Tartu_linnavalitsus, lk 37
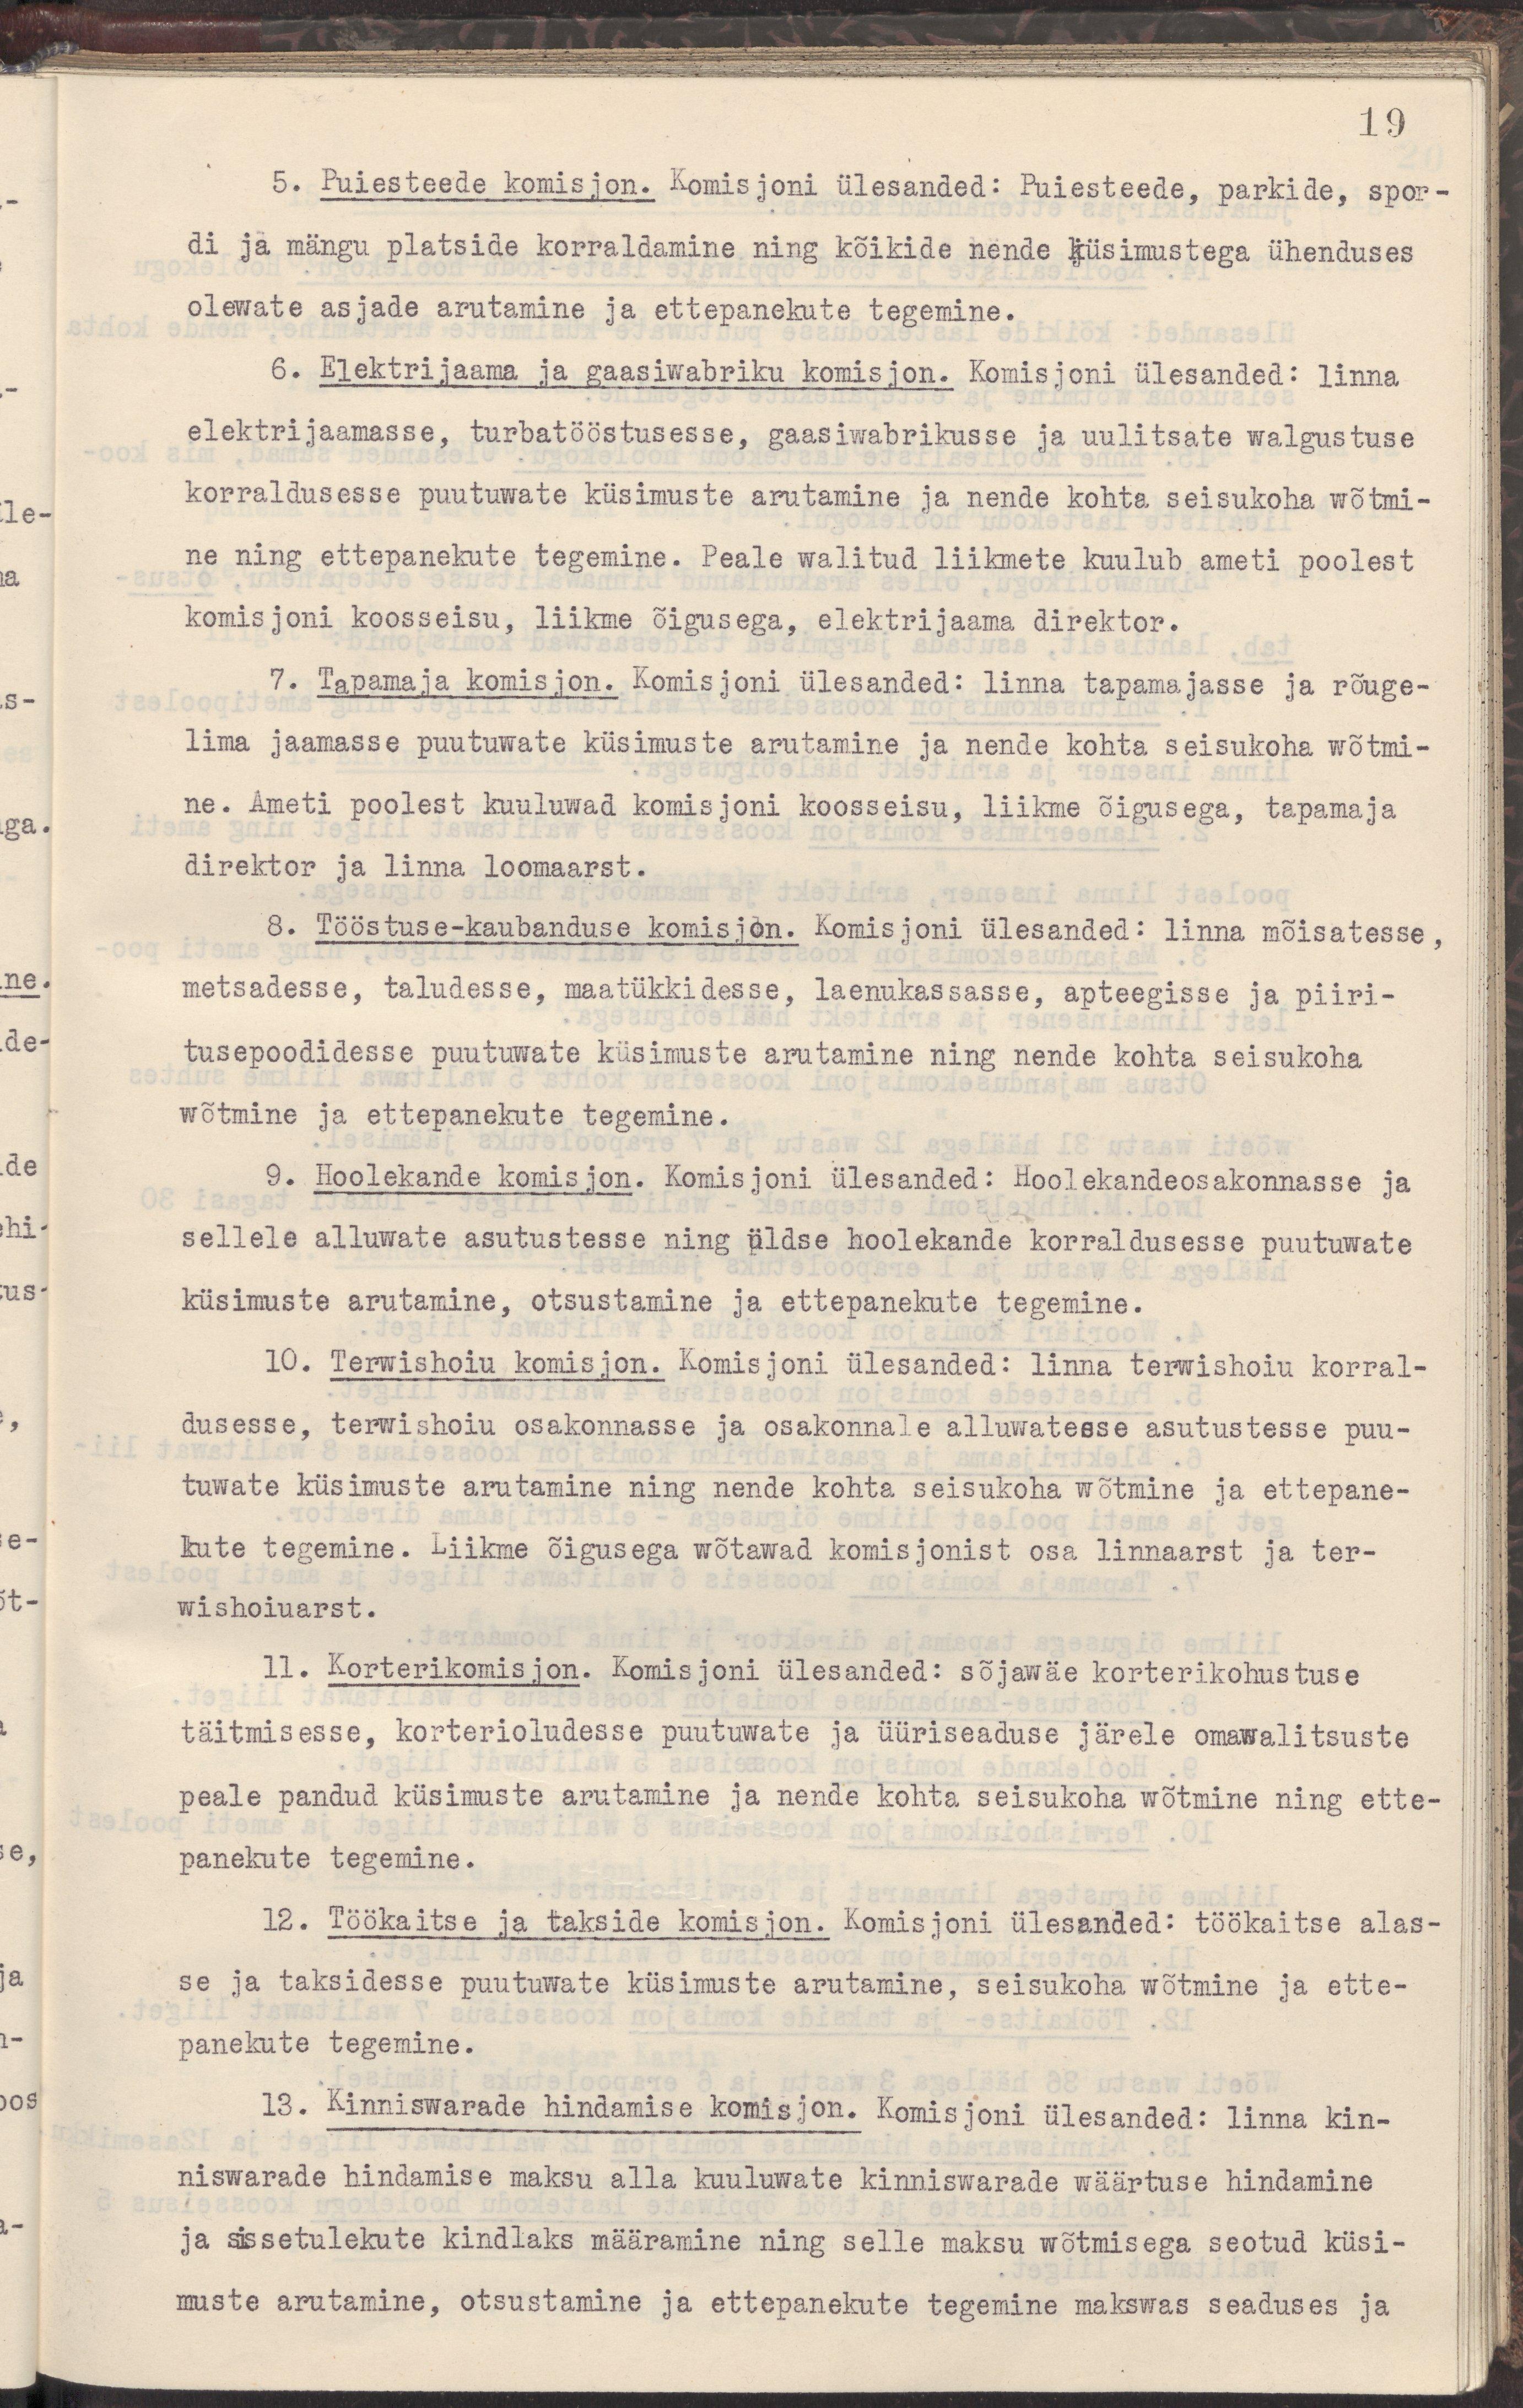
19
5. Puiesteede komisjon. Komisjoni ülesanded: Puiesteede, parkide, spor-
di ja mängu platside korraldamine ning kõikide nende küsimustega ühenduses
olewate asjade arutamine ja ettepanekute tegemine.
6. Elektrijaama ja gaasiwabriku komisjon. Komisjoni ülesanded: linna
elektrijaamasse, turbatööstusesse, gaasiwabrikusse ja uulitsate walgustuse
korraldusesse puutuwate küsimuste arutamine ja nende kohta seisukoha wõtmi-
ne ning ettepanekute tegemine. Peale walitud liikmete kuulub ameti poolest
komisjoni koosseisu, liikme õigusega, elektrijaama direktor.
7. Tapamaja komisjon. Komisjoni ülesanded: linna tapamajasse ja rõuge-
lima jaamasse puutuwate küsimuste arutamine ja nende kohta seisukoha wõtmi-
ne. Ameti poolest kuuluwad komisjoni koosseisu, liikme õigusega, tapamaja
direktor ja linna loomaarst.
8. Tööstuse-kaubanduse komisjon. Komisjoni ülesanded: linna mõisatesse,
metsadesse, taludesse, maatükkidesse, laenukassasse, apteegisse ja piiri-
tusepoodidesse puutuwate küsimuste arutamine ning nende kohta seisukoha
wõtmine ja ettepanekute tegemine.
9. Hoolekande komisjon. Komisjoni ülesanded: Hoolekandeosakonnasse ja
sellele alluwate asutustesse ning üldse hoolekande korraldusesse puutuwate
küsimuste arutamine, otsustamine ja ettepanekute tegemine.
10. Terwishoiu komisjon. Komisjoni ülesanded: linna terwishoiu korral-
dusesse, terwishoiu osakonnasse ja osakonnale alluwatesse asutustesse puu-
tuwate küsimuste arutamine ning nende kohta seisukoha wõtmine ja ettepane-
kute tegemine. Liikme õigusega wõtawad komisjonist osa linnaarst ja ter-
wishoiuarst.
11. Korterikomisjon. Komisjoni ülesanded: sõjawäe korterikohustuse
täitmisesse, korterioludesse puutuwate ja üüriseaduse järele omawalitsuste
peale pandud küsimuste arutamine ja nende kohta seisukoha wõtmine ning ette-
panekute tegemine.
12. Töökaitse ja takside komisjon. Komisjoni ülesanded: töökaitse alas-
se ja taksidesse puutuwate küsimuste arutamine, seisukoha wõtmine ja ette-
panekute tegemine.
13. Kinniswarade hindamise komisjon. Komisjoni ülesanded: linna kin-
niswarade hindamise maksu alla kuuluwate kinniswarade wäärtuste hindamine
ja sissetulekute kindlaks määramine ning selle maksu wõtmisega seotud küsi-
muste arutamine, otsustamine ja ettepanekute tegemine makswas seaduses ja